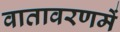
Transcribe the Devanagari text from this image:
वातावरणमें